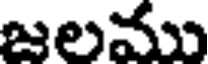
జలము